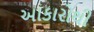
આકારોથી